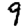
Digit: 9